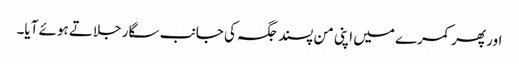
اور پھر کمرے میں اپنی من پسند جگہ کی جانب سگار جلاتے ہوئے آیا۔